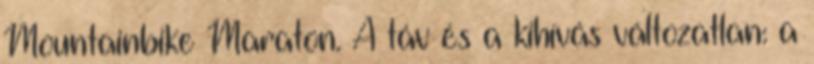
Mountainbike Maraton. A táv és a kihívás változatlan: a